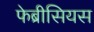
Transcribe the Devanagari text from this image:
फेब्रीसियस